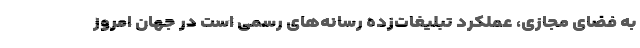
به فضای مجازی، عملکرد تبلیغات‌زده رسانه‌های رسمی است در جهان امروز